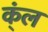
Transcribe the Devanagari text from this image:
क्ंल